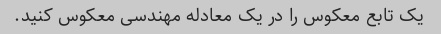
یک تابع معکوس را در یک معادله مهندسی معکوس کنید.